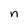
Character: n